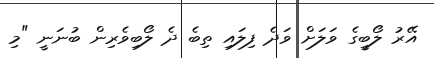
އޭރު ލޯބީގެ ވަލަށް ވަދެ ފިލައި ތިބެ ދެ ލޯބިވެރިން ބުނަނީ "މި